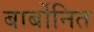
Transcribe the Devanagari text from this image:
बार्बोनित